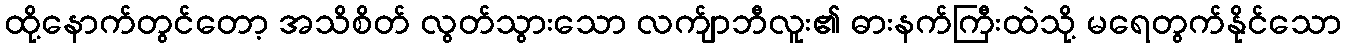
ထို့နောက်တွင်တော့ အသိစိတ် လွတ်သွားသော လက်ျာဘီလူး၏ ဓားနက်ကြီးထဲသို့ မရေတွက်နိုင်သော